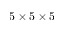
5 \times 5 \times 5